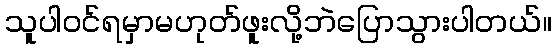
သူပါဝင်ရမှာမဟုတ်ဖူးလို့ဘဲပြောသွားပါတယ်။